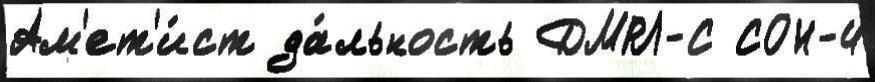
Ам'ет'и́ст да́льность ДМРЛ-С СОН-4